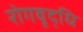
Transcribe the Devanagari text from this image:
रोगवृद्धि